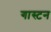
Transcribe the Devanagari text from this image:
गास्टन